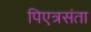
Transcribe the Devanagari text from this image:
पिएत्रसंता